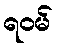
ရဝမ်